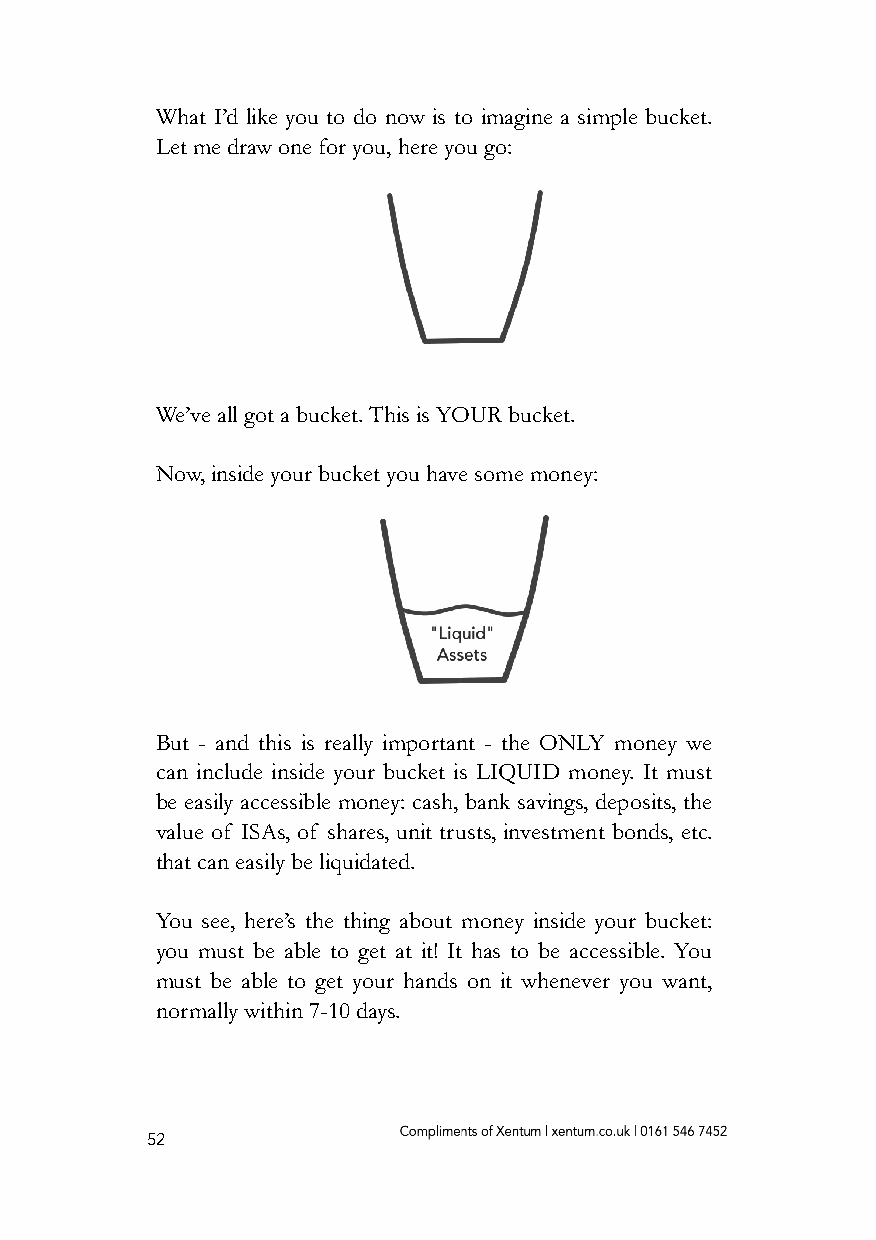
What I’d like you to do now is to imagine a simple bucket.
 Let me draw one for you, here you go:
 We’ve all got a bucket. This is YOUR bucket.
 Now, inside your bucket you have some money:
 But - and this is really important - the ONLY money we
 can include inside your bucket is LIQUID money. It must
 be easily accessible money: cash, bank savings, deposits, the
 value of ISAs, of shares, unit trusts, investment bonds, etc.
 that can easily be liquidated.
 You see, here’s the thing about money inside your bucket:
 you must be able to get at it! It has to be accessible. You
 must be able to get your hands on it whenever you want,
 normally within 7-10 days.
 52